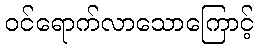
ဝင်ရောက်လာသောကြောင့်